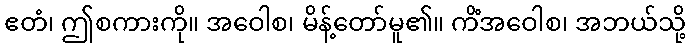
ဧတံ၊ ဤစကားကို။ အဝေါစ၊ မိန့်တော်မူ၏။ ကိံအဝေါစ၊ အဘယ်သို့